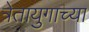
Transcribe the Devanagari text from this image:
त्रेतायुगाच्या